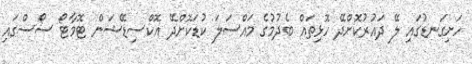
ހަށިގަނޑުގައި ލޭ ދައުރުކޮށްދޭ ހޮޅިތައް ބެދުމުގެ މައްސަލަ ކުޑަކޮށްދޭ އޮކްސިޑޭޝަން ޓޮމާޓޯ ސޯސްގައި